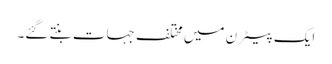
ایک پیٹرن میں مختلف جہات بنتے گئے۔